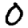
Digit: 0